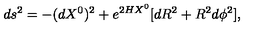
d s ^ { 2 } = - ( d X ^ { 0 } ) ^ { 2 } + e ^ { 2 H X ^ { 0 } } [ d R ^ { 2 } + R ^ { 2 } d \phi ^ { 2 } ] ,